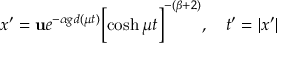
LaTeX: x ^ { \prime } = { \bf u } e ^ { - \alpha g d ( \mu t ) } \biggl [ \cosh { \mu t } \biggr ] ^ { - ( \beta + 2 ) } , ~ ~ ~ t ^ { \prime } = | x ^ { \prime } |